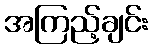
အကြည့်ချင်း